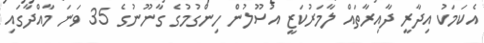
އެކަމަކު އިދާރީ ދާއިރާތައް ލާމަރުކަޒީ އުސޫލުން ހިންގުމުގެ ގާނޫނުގެ 35 ވަނަ މާއްދާގައި